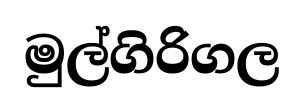
මුල්ගිරිගල